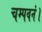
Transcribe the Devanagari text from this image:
चम्पवनं।